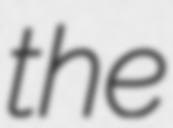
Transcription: the